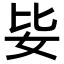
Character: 𡛗